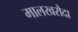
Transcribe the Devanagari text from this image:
मालखरौदा